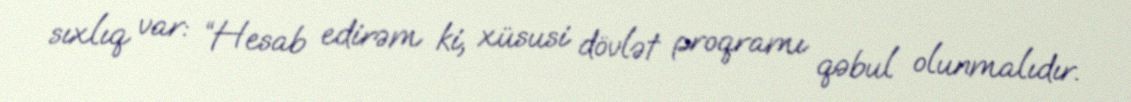
sıxlıq var: “Hesab edirəm ki, xüsusi dövlət proqramı qəbul olunmalıdır.